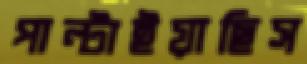
পাল্‌টাইয়াছিস